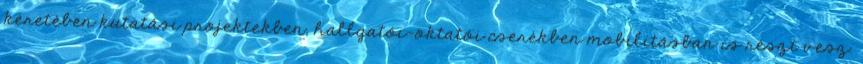
keretében kutatási projektekben, hallgatói-oktatói cserékben mobilitásban is részt vesz.